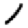
Digit: 1